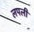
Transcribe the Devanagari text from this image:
लपली